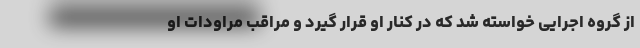
از گروه اجرایی خواسته شد که در کنار او قرار گیرد و مراقب مراودات او